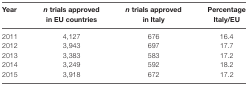
| Year | n trials approved in EU countries | n trials approved in Italy | Percentage Italy/EU |
 | --- | --- | --- | --- |
 | 2011 | 4,127 | 676 | 16.4 |
 | 2012 | 3,943 | 697 | 17.7 |
 | 2013 | 3,383 | 583 | 17.2 |
 | 2014 | 3,249 | 592 | 18.2 |
 | 2015 | 3,918 | 672 | 17.2 |